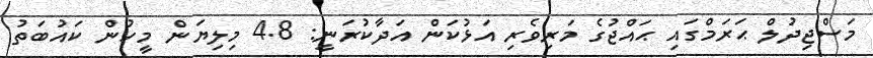
މަސްޖިދުލް ޙަރަމްގައި ޙައްޖުގެ މަރިވެރި އަޅުކަން އަދާކުރަނީ: 4.8 މިލިޔަން މީހުން ކައުބަތު